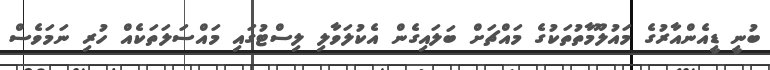
ބުނީ ޑީއެންއާރުގެ މައުލޫމާތުތަކުގެ މައްޗަށް ބަލައިގެން އެކުލަވާލި ލިސްޓުގައި މައްސަލަތަކެއް ހުރި ނަމަވެސް